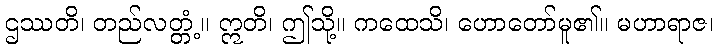
ဌဿတိ၊ တည်လတ္တံ့။ ဣတိ၊ ဤသို့။ ကထေသိ၊ ဟောတော်မူ၏။ မဟာရာဇ၊